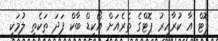
ޕޮޓް އާ ކުރާއިރު ޕޮޓްގެ ތެރެއަށް އޯކިޑް ބާކް ފަދަ ތަކެތި ލުމަކީ